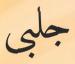
جلبى